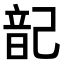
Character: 𮧷